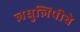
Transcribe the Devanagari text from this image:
लघुलिपीचे